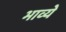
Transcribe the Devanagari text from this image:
भाव्ये